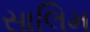
સાલિમ